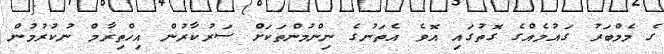
ގެ މެމްބަރު ގައުމެއްގެ ގޮތުގައި އޮވެ އެތަނުގެ ނިންމުންތަކަށް ސަރުކާރުން އިހްތިރާމް ނުކުރުމުން